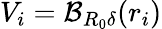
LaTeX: V_{i}=\mathcal{B}_{R_{0}\delta}(r_{i})